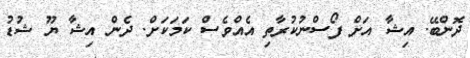
ދޮންބޭ. އިޝާ އަށް ފޯސްނުކުރާތި އެއްވެސް ކަމަކަށް. ދެން އިޝާ ޔޫ ޝުޑު